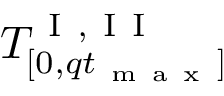
T _ { [ 0 , q t _ { \mathrm { ~ m ~ a ~ x ~ } } ] } ^ { \mathrm { ~ I ~ , ~ I ~ I ~ } }